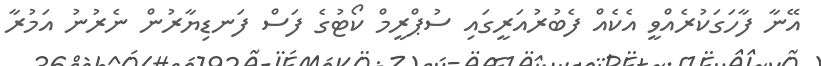
އޭނާ ފާހަގަކުރެއްވީ އެކެއް ފެބުރުއަރީގައި ސުޕްރީމް ކޯޓުގެ ފަސް ފަނޑިޔާރުން ނެރުނު އަމުރާ